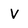
Character: v